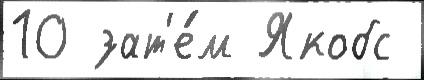
10 зат'е́м Якобс